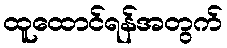
ထူထောင်ရန်အတွက်